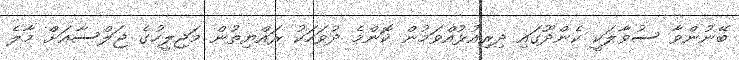
ބޭނުންވާ ސުވާލަކީ ކެންދޫގައި ދިރިއުޅުއްވަމުން ކޮންމެ ދުވަހަކު ރައްޔިތުން މަޖިލީހުގެ ޖަލްސާއަށް މާލެ